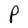
Character: P